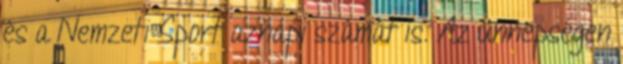
és a Nemzeti Sport aznapi számát is. Az ünnepségen